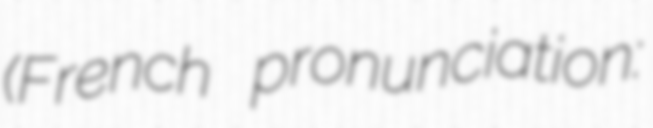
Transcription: (French pronunciation: